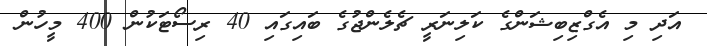
އަދި މި އެގްޒިބިޝަންގެ ކަލިނަރީ ޗެލެންޖުގެ ބައިގައި 40 ރިސޯޓަކުން 400 މީހުން